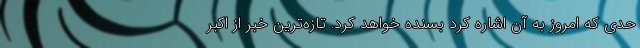
حدی که امروز به آن اشاره کرد بسنده خواهد کرد. تازه‌ترین خبر از اکبر